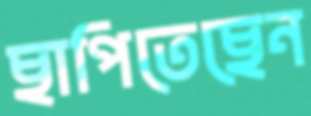
ছাপিতেছেন